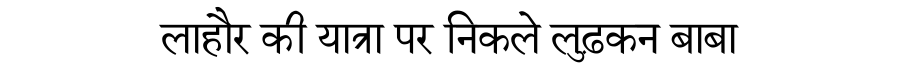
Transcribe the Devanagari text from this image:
लाहौर की यात्रा पर निकले लुढ़कन बाबा